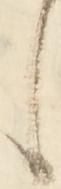
候